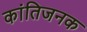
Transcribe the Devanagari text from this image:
कांतिजनक